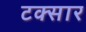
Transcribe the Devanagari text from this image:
टक्सार